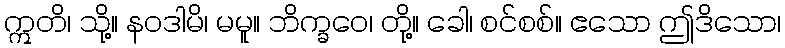
ဣတိ၊ သို့။ နဝဒါမိ၊ မမူ။ ဘိက္ခဝေ၊ တို့။ ခေါ၊ စင်စစ်။ ဧသော ဤဒိသော၊